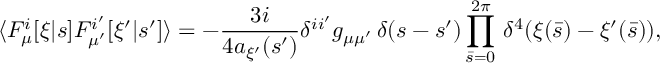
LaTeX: \langle F _ { \mu } ^ { i } [ \xi | s ] F _ { \mu ^ { \prime } } ^ { i ^ { \prime } } [ \xi ^ { \prime } | s ^ { \prime } ] \rangle = - { \frac { 3 i } { 4 a _ { \xi ^ { \prime } } ( s ^ { \prime } ) } } \delta ^ { i i ^ { \prime } } g _ { \mu \mu ^ { \prime } } \, \delta ( s - s ^ { \prime } ) \prod _ { \bar { s } = 0 } ^ { 2 \pi } \, \delta ^ { 4 } ( \xi ( \bar { s } ) - \xi ^ { \prime } ( \bar { s } ) ) ,